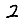
Digit: 2